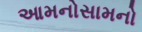
આમનોસામનો